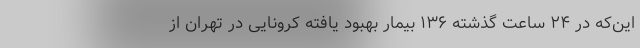
این‌که در ۲۴ ساعت گذشته ۱۳۶ بیمار بهبود یافته کرونایی در تهران از